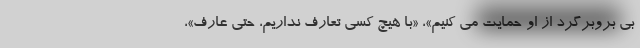
بی بروبرگرد از او حمایت می کنیم»، «با هیچ کسی تعارف نداریم، حتی عارف»،